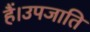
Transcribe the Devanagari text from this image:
हैं।उपजाति